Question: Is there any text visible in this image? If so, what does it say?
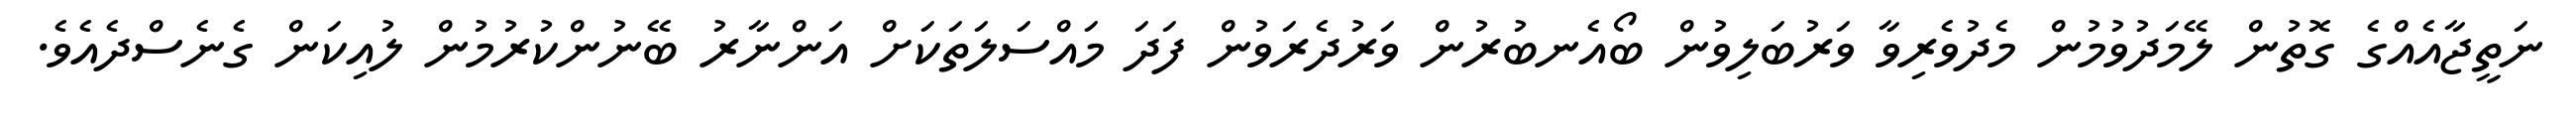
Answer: ނަތީޖާއެއްގެ ގޮތުން ލޭމަދުވުމުން މެދުވެރިވާ ވަރުބަލިވުން ބޯއެނބުރުން ވަރުދެރަވުން ފަދަ މައްސަލަތަކަށް އަންނާރު ބޭނުންކުރުމުން ލުއިކަން ގެނެސްދެއެވެ.